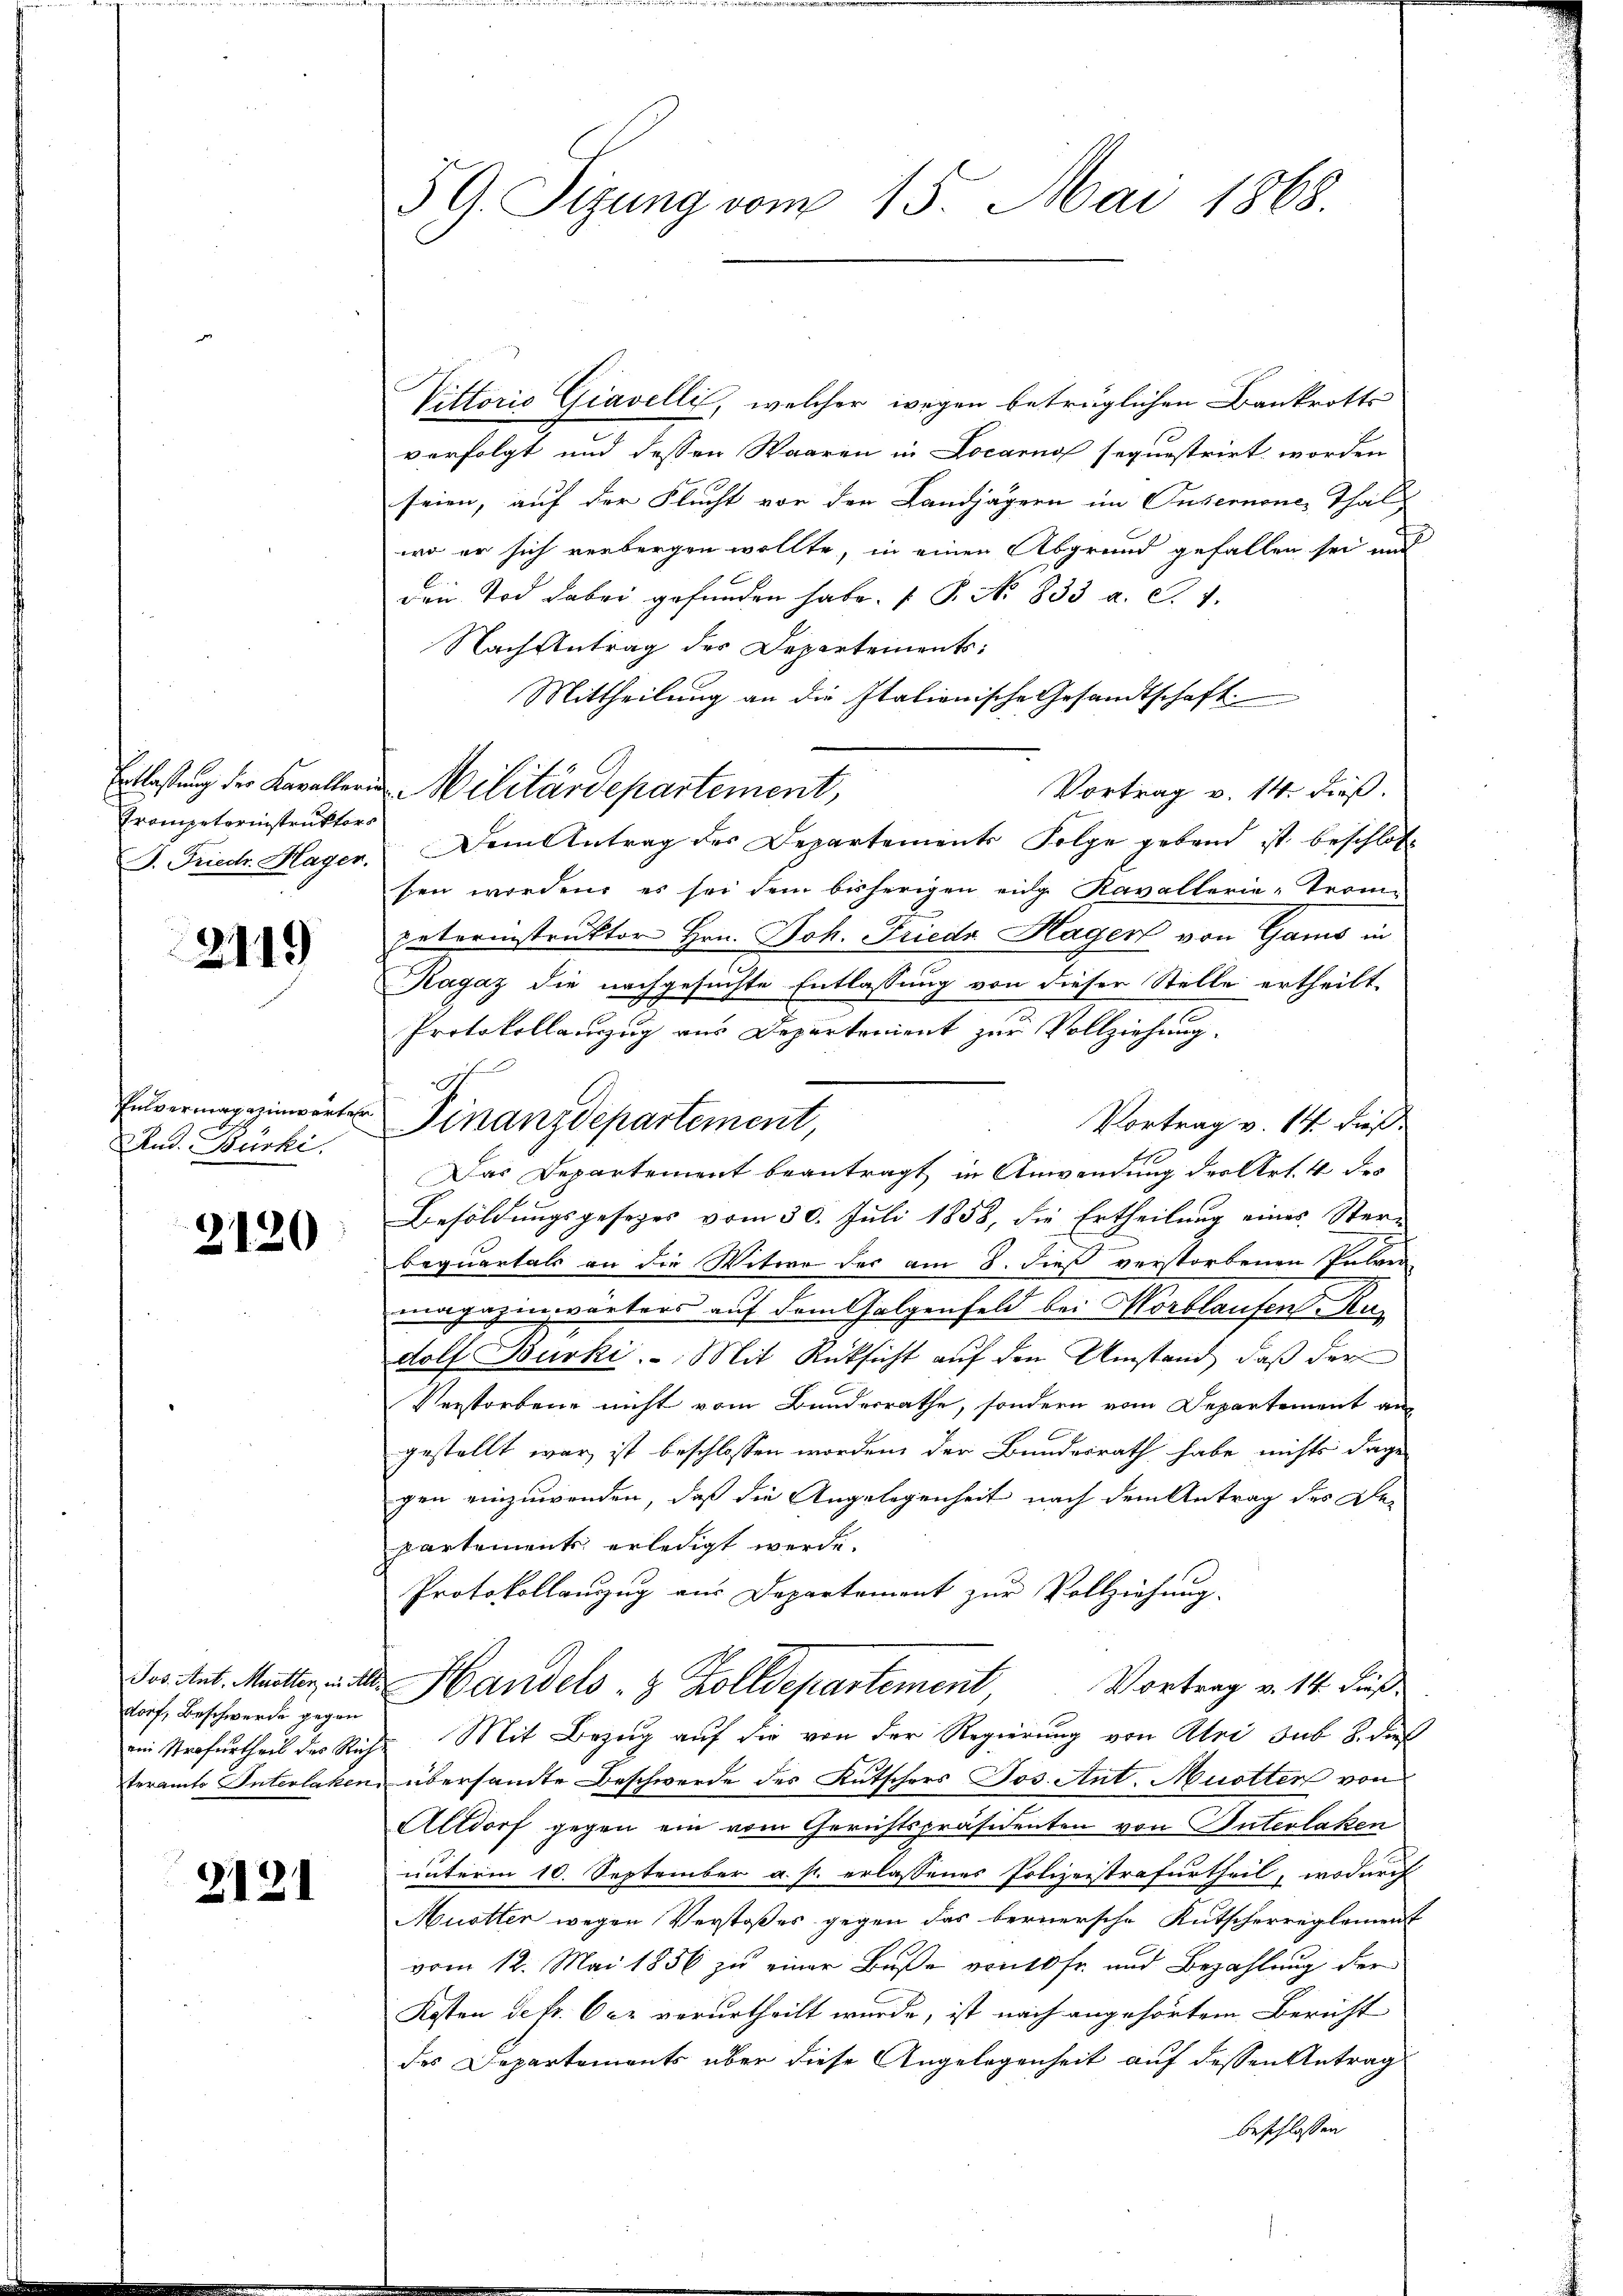
Entlaßung der Kavallerun
Trompetorinstruktors
J. Friedr. Hager.

2119

Envermag einwarter
Rud. Bürki.

2120

Jos. Ant. Muetten, in Al.
dorf, Beschwerde gegen
ein Strafurtheil des Rieteramts Interlaken

2121

59. Sizung vom 15. Mai 1868.

Vittoris Giavelli, welcher wegen betrüglichen Bankrotts
verfolgt und dessen Waaren in Locarno sequestrirt worden
seien, auf der Flucht vor der Landjägern im Tusemnone, Thall
wo er sich verborgen wollte, in einen Abgrund gefallen sei und
den Tod dabei gefunden habe.  P. No 833 a. c. 1.
Nach Antrag der Departements:
Mittheilung an die Italionische Gesandtschaft
Vortrag v. 14. dieß.
Militärdepartement,
Dem Antrag des Departements Folge geband ist beschlos
sen worden, es sei dem bisherigen eige Kavallerie-Term
peterinstruktor Hrn. Joh. Frieda Hagen von Gams in
Ragaz die nachgesuchte Entlassung von dieser Stelle ertheilt.
Protokollanzug aus Departenient zur Vollziehung.
Vortrag v. 14. dieß
Das Departement beantragt in Anwendung des Art. 4 des
Besoldungsgesezes vom 30. Juli 1858, die Ertheilung eines Stern
bequartals an die Witwe des am 8. dieß verstorbenen Pulver
magazinwärters auf dem Folgenfeld bei Morblaufen Rus
dolf Burki. Mit Rücksicht auf den Umstand, daß der
Verstorbene nicht vom Bundesrathe, sondern vom Departement an
gestellt war ist beschlossen worden der Bundesrath habe nichts dage
gen einzuwenden, daß die Angelegenheit nach dem Antrag des De-
partements erledigt werde.
Protokollanzug aus Departement zur Vollziehung.
Handels- & Zolldepartement Vortrag v. 14. dieß
Mit Bezug auf die von der Regierung von Abri sub 8. dieß
übersamte Beschwerde des Kutschers Jos. Ant. Nuotter von
Altdorf gegen ein vom Gerichtspräsidenten von Interlaken
unterm 10. September a. p. erlassenes Polizeistrafurtheil, wodurch
Muetter wegen Verstoßes gegen das bernersche Kutscherreglement
vom 12. Mai 1856 zu einer Buße von 10 fr. und Bezahlung der
Kosten dekr. Oer verurtheilt wurde, ist nach angehörtem Bericht
des Departements über diese Angelegenheit auf dessen Antrag
beschlossen

A
Finanzdepartement,